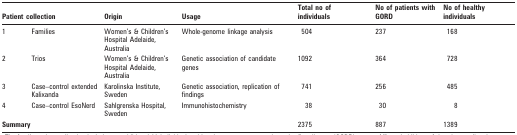
<table><thead><tr><td colspan="2"><b>Patient collection</b></td><td><b>Origin</b></td><td><b>Usage</b></td><td><b>Total no of individuals</b></td><td><b>No of patients with GORD</b></td><td><b>No of healthy individuals</b></td></tr></thead><tbody><tr><td>1</td><td>Families</td><td>Women’s &amp; Children’s Hospital Adelaide, Australia</td><td>Whole-genome linkage analysis</td><td>504</td><td>237</td><td>168</td></tr><tr><td>2</td><td>Trios</td><td>Women’s &amp; Children’s Hospital Adelaide, Australia</td><td>Genetic association of candidate genes</td><td>1092</td><td>364</td><td>728</td></tr><tr><td>3</td><td>Case–control extended Kalixanda</td><td>Karolinska Institute, Sweden</td><td>Genetic association, replication of findings</td><td>741</td><td>256</td><td>485</td></tr><tr><td>4</td><td>Case–control EsoNerd</td><td>Sahlgrenska Hospital, Sweden</td><td>Immunohistochemistry</td><td>38</td><td>30</td><td>8</td></tr><tr><td colspan="4"><b>Summary</b></td><td>2375</td><td>887</td><td>1389</td></tr></tbody></table>